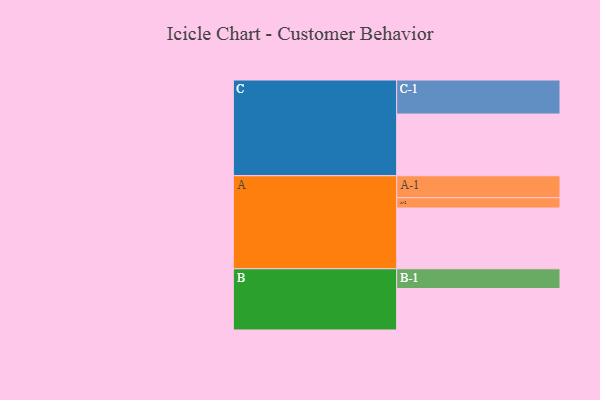
{"axis": {"x": "Segment", "y": "Value"}, "legend": ["", "A", "B", "C"], "data": [{"x": "A", "y": 514, "type": ""}, {"x": "B", "y": 351, "type": ""}, {"x": "C", "y": 522, "type": ""}, {"x": "A-1", "y": 186, "type": "A"}, {"x": "A-2", "y": 87, "type": "A"}, {"x": "B-1", "y": 167, "type": "B"}, {"x": "C-1", "y": 288, "type": "C"}]}